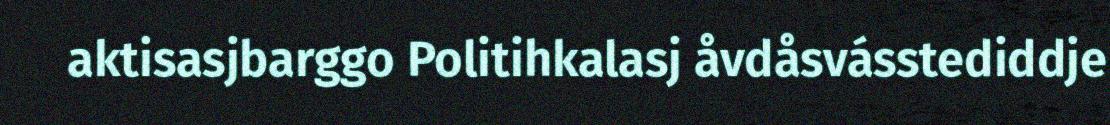
aktisasjbarggo Politihkalasj åvdåsvásstediddje